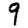
Digit: 9